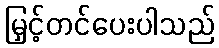
မြှင့်တင်ပေးပါသည်